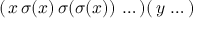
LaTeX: ( \, x \, \sigma ( x ) \, \sigma ( \sigma ( x ) ) \, \ldots \, ) ( \, y \, \ldots \, )